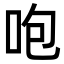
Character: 咆